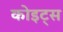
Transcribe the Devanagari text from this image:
कोइट्स